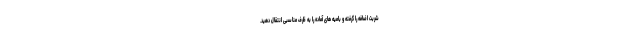
شربت اضافه را گرفته و بامیه های آماده را به ظرف مناسبی انتقال دهید.